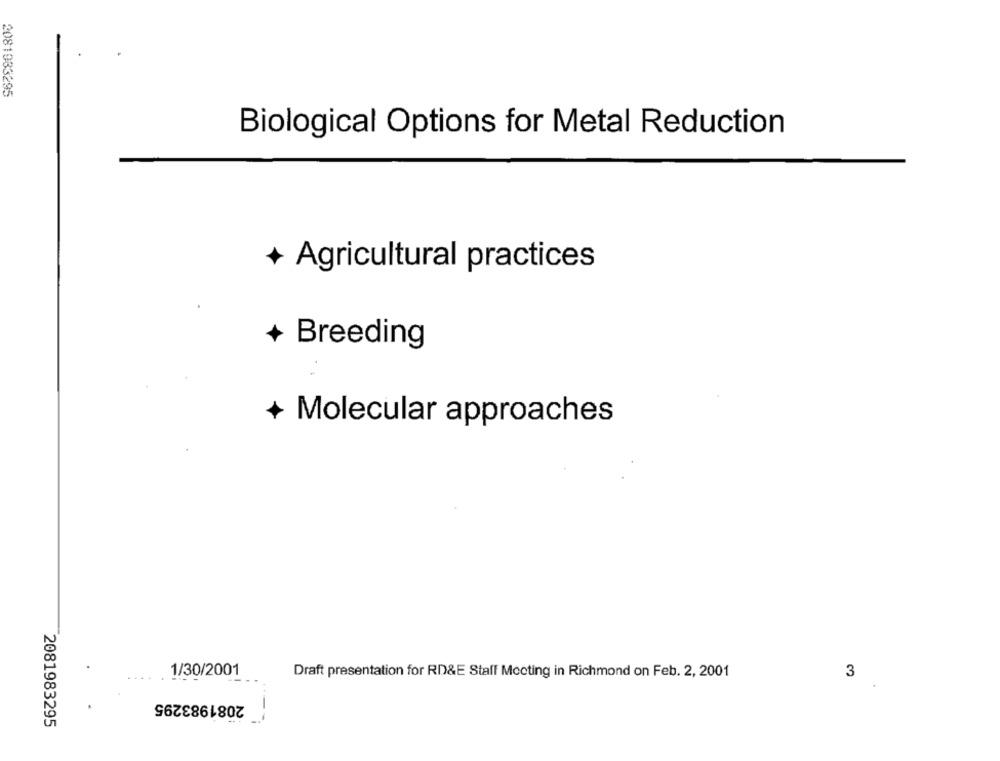
2081933295
Biological Options for Metal Reduction
+
Agricultural practices
+
Breeding
Molecular approaches
1/30/2001
Draft presentation for RD&E Staff Meeting in Richmond on Feb. 2, 2001
3
2081983295
2081983295
.---